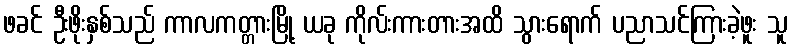
ဖခင် ဦးဖိုးနှစ်သည် ကာလကတ္တားမြို့ ယခု ကိုလ်းကားတားအထိ သွားရောက် ပညာသင်ကြားခဲ့ဖူး သူ